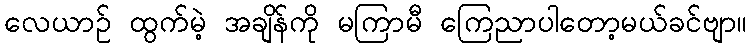
လေယာဉ် ထွက်မဲ့ အချိန်ကို မကြာမီ ကြေညာပါတော့မယ်ခင်ဗျာ။